Source: Handwritten
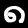
Digit: ၈ (8)